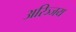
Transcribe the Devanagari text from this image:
अरिञ्जय